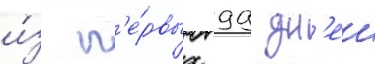
и́з п'е́рвых 99 дн'еи